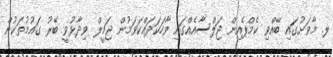
ލ. މާވަށުގައި ބޭއްވި ކެމްޕެއިން ޖަލްސާއެއްގައި ވާހަކަދައްކަވަމުން ޖަމީލް ވިދާޅުވީ ބޭރު ގައުމުތަކުން